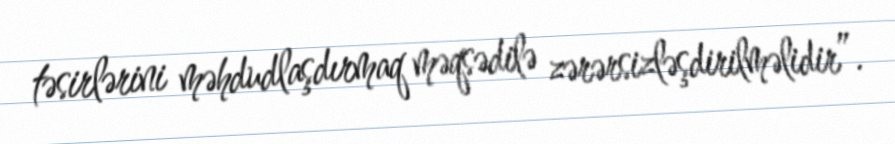
təsirlərini məhdudlaşdırmaq məqsədilə zərərsizləşdirilməlidir”.